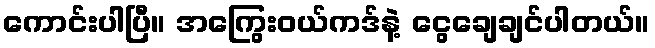
ကောင်းပါပြီ။ အကြွေးဝယ်ကဒ်နဲ့ ငွေချေချင်ပါတယ်။